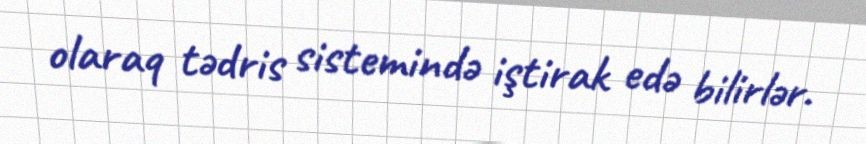
olaraq tədris sistemində iştirak edə bilirlər.